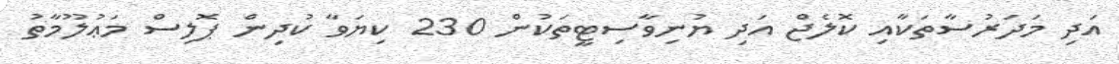
އަދި މަދަރުސާތަކާއި ކޮލެޖް އަދި ޔުނިވާސިޓީތަކުން 230 ކިޔަވާ ކުދިން ޕޮލިސް މަޢުލޫމާތު